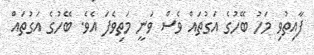
ފާއިތުވި މަހު ބޭހުގެ އަގުތައް ވެސް ވަނީ މަތިވެފަ އެވެ. ބޭހުގެ އަގުތައް